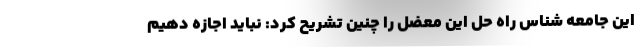
این جامعه شناس راه حل این معضل را چنین تشریح کرد: نباید اجازه دهیم